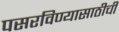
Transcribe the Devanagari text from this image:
पसरविण्यासाठीची